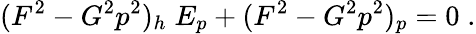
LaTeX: (F^{2}-G^{2}p^{2})_{h}\; E_{p}+(F^{2}-G^{2}p^{2})_{p}=0\; .